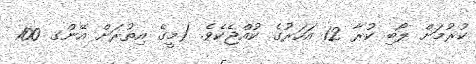
ކުރުމަށް ލޯބި ކުރާ 12 އަހަރުގެ ކުއްޖެކެވެ. (މީގެ އިތުރަށް އޭންގ 100